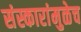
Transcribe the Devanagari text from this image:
संस्कारांमुळेच